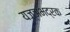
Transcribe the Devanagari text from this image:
यज्ञभद्रक